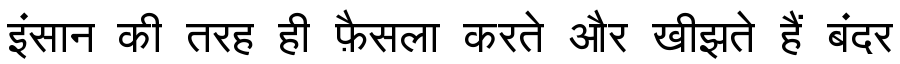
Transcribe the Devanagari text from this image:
इंसान की तरह ही फ़ैसला करते और खीझते हैं बंदर